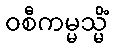
ဝစီကမ္မသ္မိံ